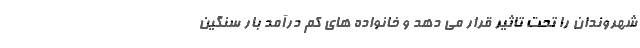
شهروندان را تحت تاثیر قرار می دهد و خانواده های کم درآمد بار سنگین